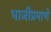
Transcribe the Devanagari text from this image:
भाजीप्रमाणे